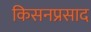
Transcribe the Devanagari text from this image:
किसनप्रसाद